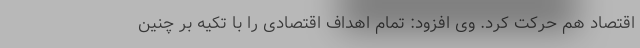
اقتصاد هم حرکت کرد. وی افزود: تمام اهداف اقتصادی را با تکیه بر چنین